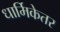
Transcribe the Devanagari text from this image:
धार्मिकेतर